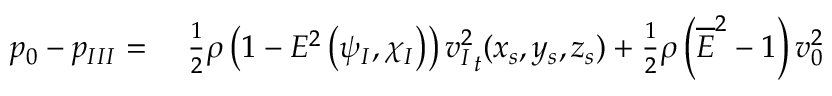
\begin{array} { r l } { p _ { 0 } - p _ { I I I } = { } } & { { } \frac { 1 } { 2 } \rho \left( 1 - E ^ { 2 } \left( \psi _ { I } , \chi _ { I } \right) \right) { v _ { I } ^ { 2 } } _ { t } ( x _ { s } , y _ { s } , z _ { s } ) + \frac { 1 } { 2 } \rho \left( \overline { { E } } ^ { 2 } - 1 \right) v _ { 0 } ^ { 2 } } \end{array}